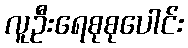
လူဦးရေစုစုပေါင်း